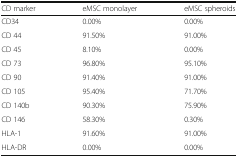
| CD marker | eMSC monolayer | eMSC spheroids |
 | --- | --- | --- |
 | CD34 | 0.00% | 0.00% |
 | CD 44 | 91.50% | 91.00% |
 | CD 45 | 8.10% | 0.00% |
 | CD 73 | 96.80% | 95.10% |
 | CD 90 | 91.40% | 91.00% |
 | CD 105 | 95.40% | 71.70% |
 | CD 140b | 90.30% | 75.90% |
 | CD 146 | 58.30% | 0.30% |
 | HLA-1 | 91.60% | 91.00% |
 | HLA-DR | 0.00% | 0.00% |